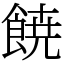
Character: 𩜙